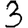
Digit: 3